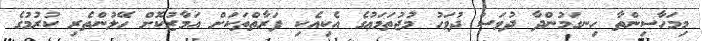
މިމަހާސިންތާ ހިނގަމުންދާ ދުވަސް ދުވަހު މުޖުތަމަޢުގެ އެކިއެކި ފަރާތްތަކަށް އަމާޒުކޮށް ހޭލުންތެރި ކުރުމުގެ